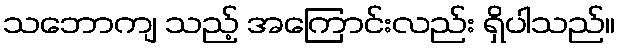
သဘောကျ သည့် အကြောင်းလည်း ရှိပါသည်။